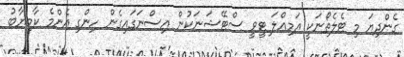
ގެންދިޔަ މި ޓެލެތޯނަކީ އަމިއްލަ ޓީވީ ސްޓޭޝަނަކުން އިސްނަގައިގެން ހިންގި އެންމެ ކާމިޔާބު